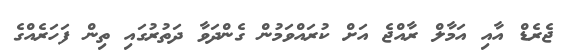
ޖެރެޑް އާއި އަމާލް ރާއްޖެ އަށް ކުރައްވަމުން ގެންދަވާ ދަތުރުގައި ތިން ފަހަރެއްގެ